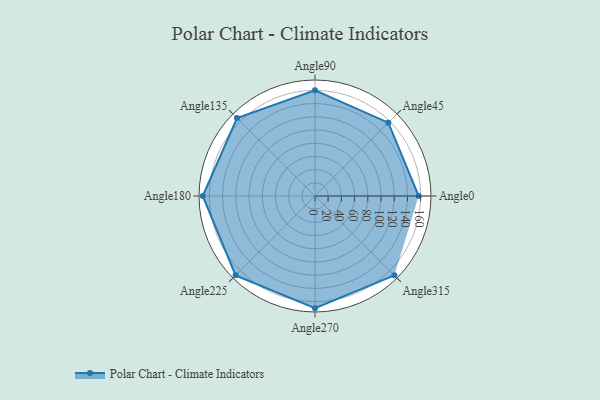
{"axis": {"x": "Angle", "y": "Radius"}, "legend": [""], "data": [{"x": "Angle0", "y": 157.0, "type": ""}, {"x": "Angle45", "y": 157.0, "type": ""}, {"x": "Angle90", "y": 160.0, "type": ""}, {"x": "Angle135", "y": 167.0, "type": ""}, {"x": "Angle180", "y": 170, "type": ""}, {"x": "Angle225", "y": 170, "type": ""}, {"x": "Angle270", "y": 170, "type": ""}, {"x": "Angle315", "y": 170, "type": ""}]}